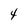
Character: 4